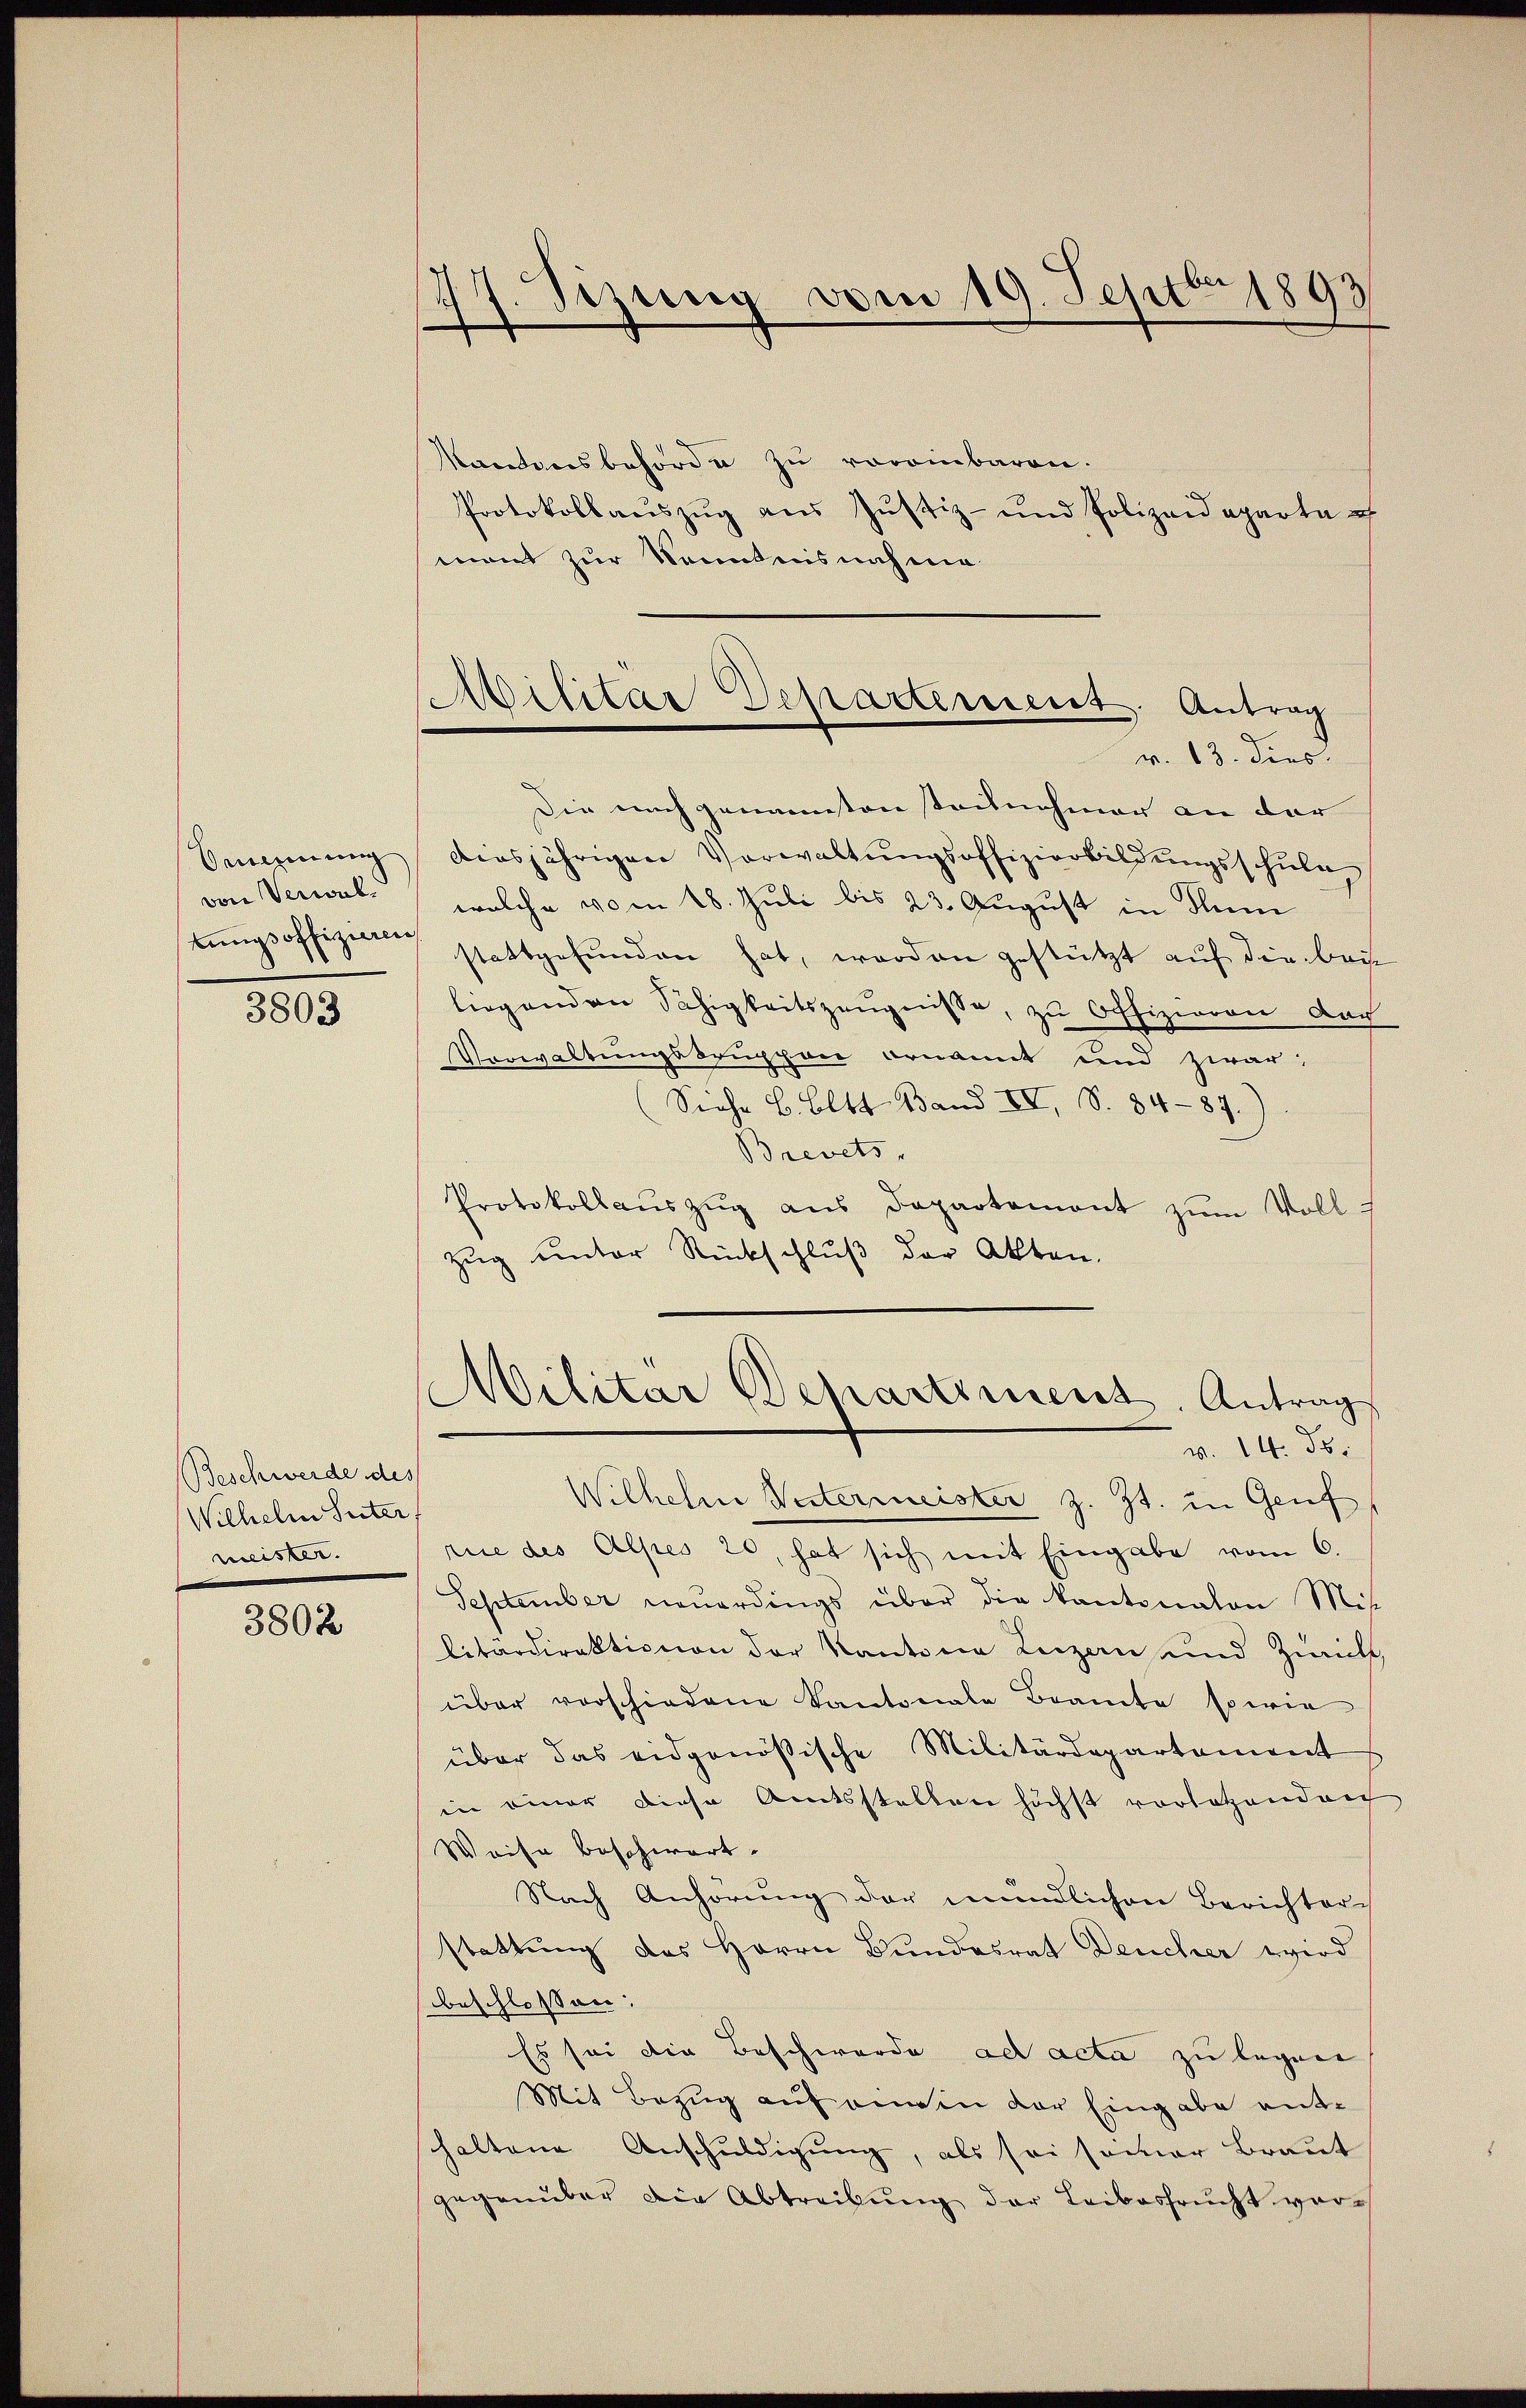
Vereinung
von Verwal
tungsoffizieren

3803

Beschwerde des
Wilhelm Seiter.
meister.

3802

.
7. Sizung vom 19. Septbr 1893

Militär Departement. Antrag
v. 13. dies

Kantonsbehörde zu voreinbaren.
Protokollaŭszŭg ans Justiz- und Polizeideparta e
ment zur Kenntnisnahme
Die nach genannten teilnehmer an der
diesjährigen Verwaltungsoffizierbildungsschule
welche vom 18. Juli bis 23. August in Sum
stattgefunden hat, worden gestützt auf die bei
liegenden Fähigkeitszeugnisse, zu Offizieren doch
Verwaltungskruppen ernannt und zwar:
Siehe B. Oltt Band II, S. 84-87.)
Brevets
Protokollauszug aus Departement zum Voll
Zug unter Rückschluß der Akten.
Militar Departement. Antrag
v. 14. ds.
Wilhelm Wintermeister z. Zt. in Genf
rie des Alpes 20, hat sich mit Eingabe vom 6.
September neŭerdings über die Kantonaten Mit
libardirektionen der Kantone Luzern und Zürich
über vorschiedene Kantonale Beamte sowie
über das eidgenößische Militärdepartement
in einer diese Amtsstellen höchst vorletzendrech
Weise beschwart.
Nach Anhörŭng der mündlichen Berichter
stattung des Herrn Bundesrat Deucher wird
beschlossen:
Es sei die Beschwerde ad acta zu legen
Mit Bezug auf einen der Eingabe enthaltene Anschuldigung, als sei semar Braut
gegenüber die Abtreibung der Leibesfrucht vor¬